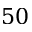
5 0